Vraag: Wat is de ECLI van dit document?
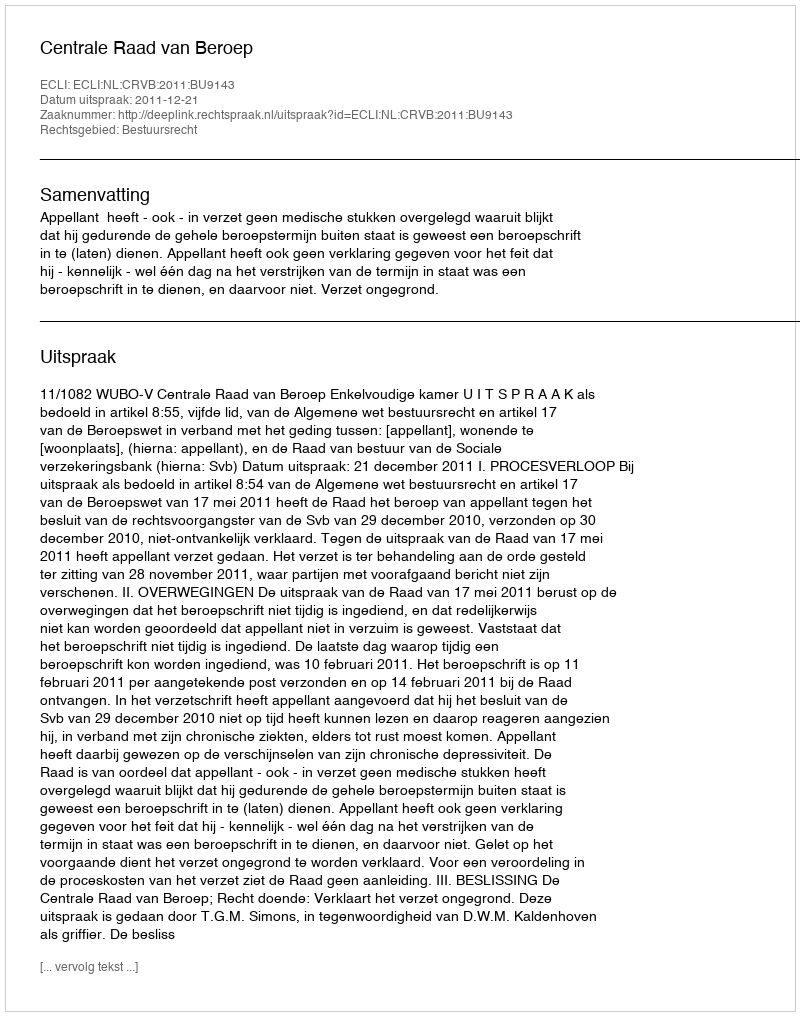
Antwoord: ECLI:NL:CRVB:2011:BU9143